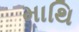
માથિ